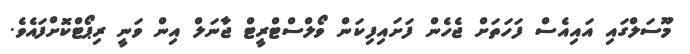
މޫސަލްގައި އައިއެސް ފަހަތަށް ޖެހެން ފަށައިފިކަން ވޯލްސްޓްރީޓް ޖާނަލް އިން ވަނީ ރިޕޯޓްކޮށްފައެވެ.